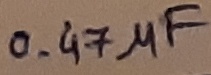
Text: 0.47µF